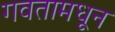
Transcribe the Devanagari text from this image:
गवतामधून